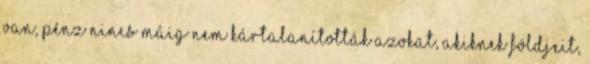
van, pénz nincs Máig nem kártalanították azokat, akiknek földjeit,